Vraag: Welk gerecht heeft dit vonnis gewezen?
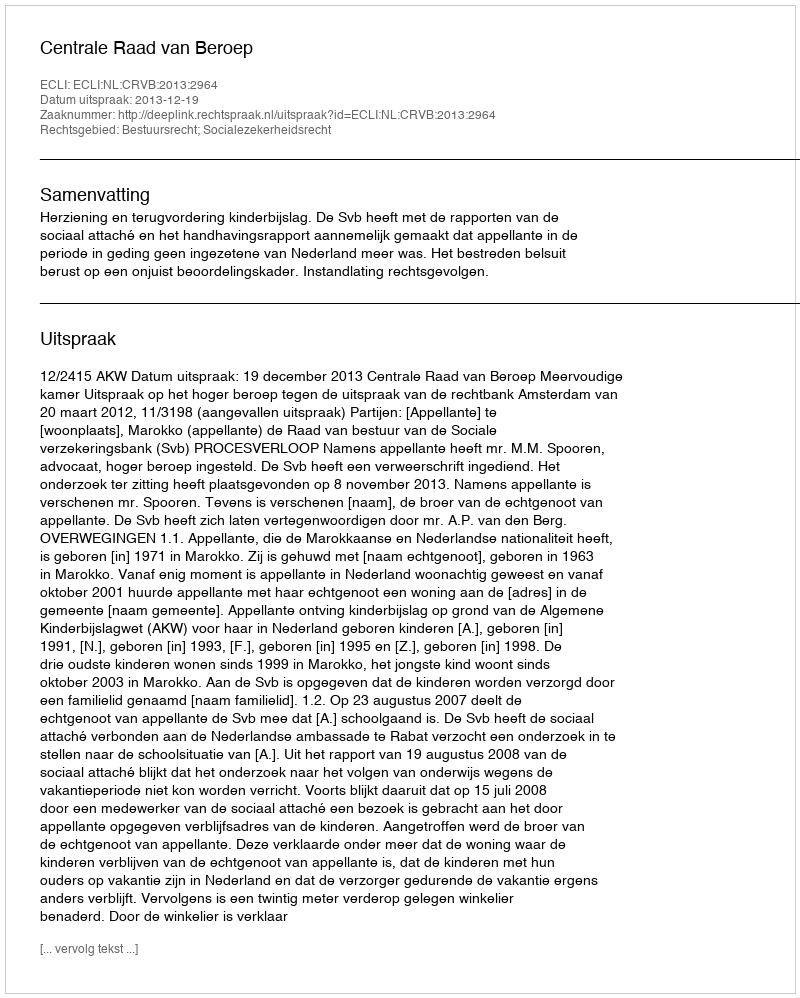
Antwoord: Centrale Raad van Beroep